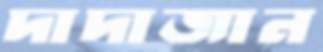
দাদাজান